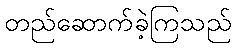
တည်ဆောက်ခဲ့ကြသည်